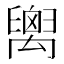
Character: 𥝈